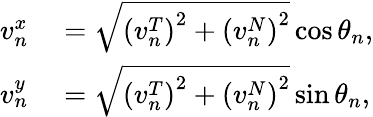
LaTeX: \begin{array}{rl}{v_{n}^{x}}&{{}=\sqrt{\left(v_{n}^{T}\right)^{2}+\left(v_{n}^{N}\right)^{2}}\cos\theta_{n},}\\ {v_{n}^{y}}&{{}=\sqrt{\left(v_{n}^{T}\right)^{2}+\left(v_{n}^{N}\right)^{2}}\sin\theta_{n},}\end{array}